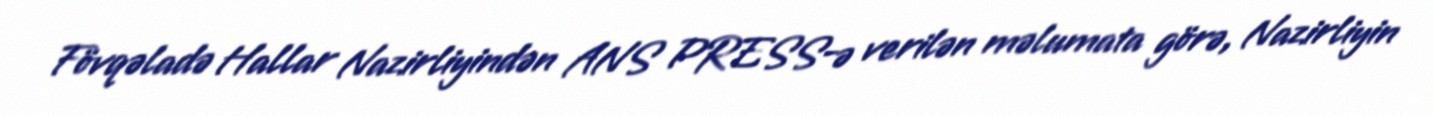
Fövqəladə Hallar Nazirliyindən ANS PRESS-ə verilən məlumata görə, Nazirliyin